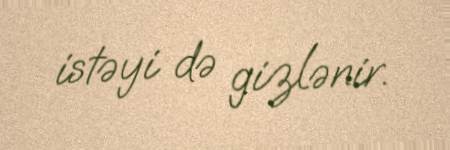
istəyi də gizlənir.